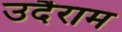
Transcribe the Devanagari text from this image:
उदैराम